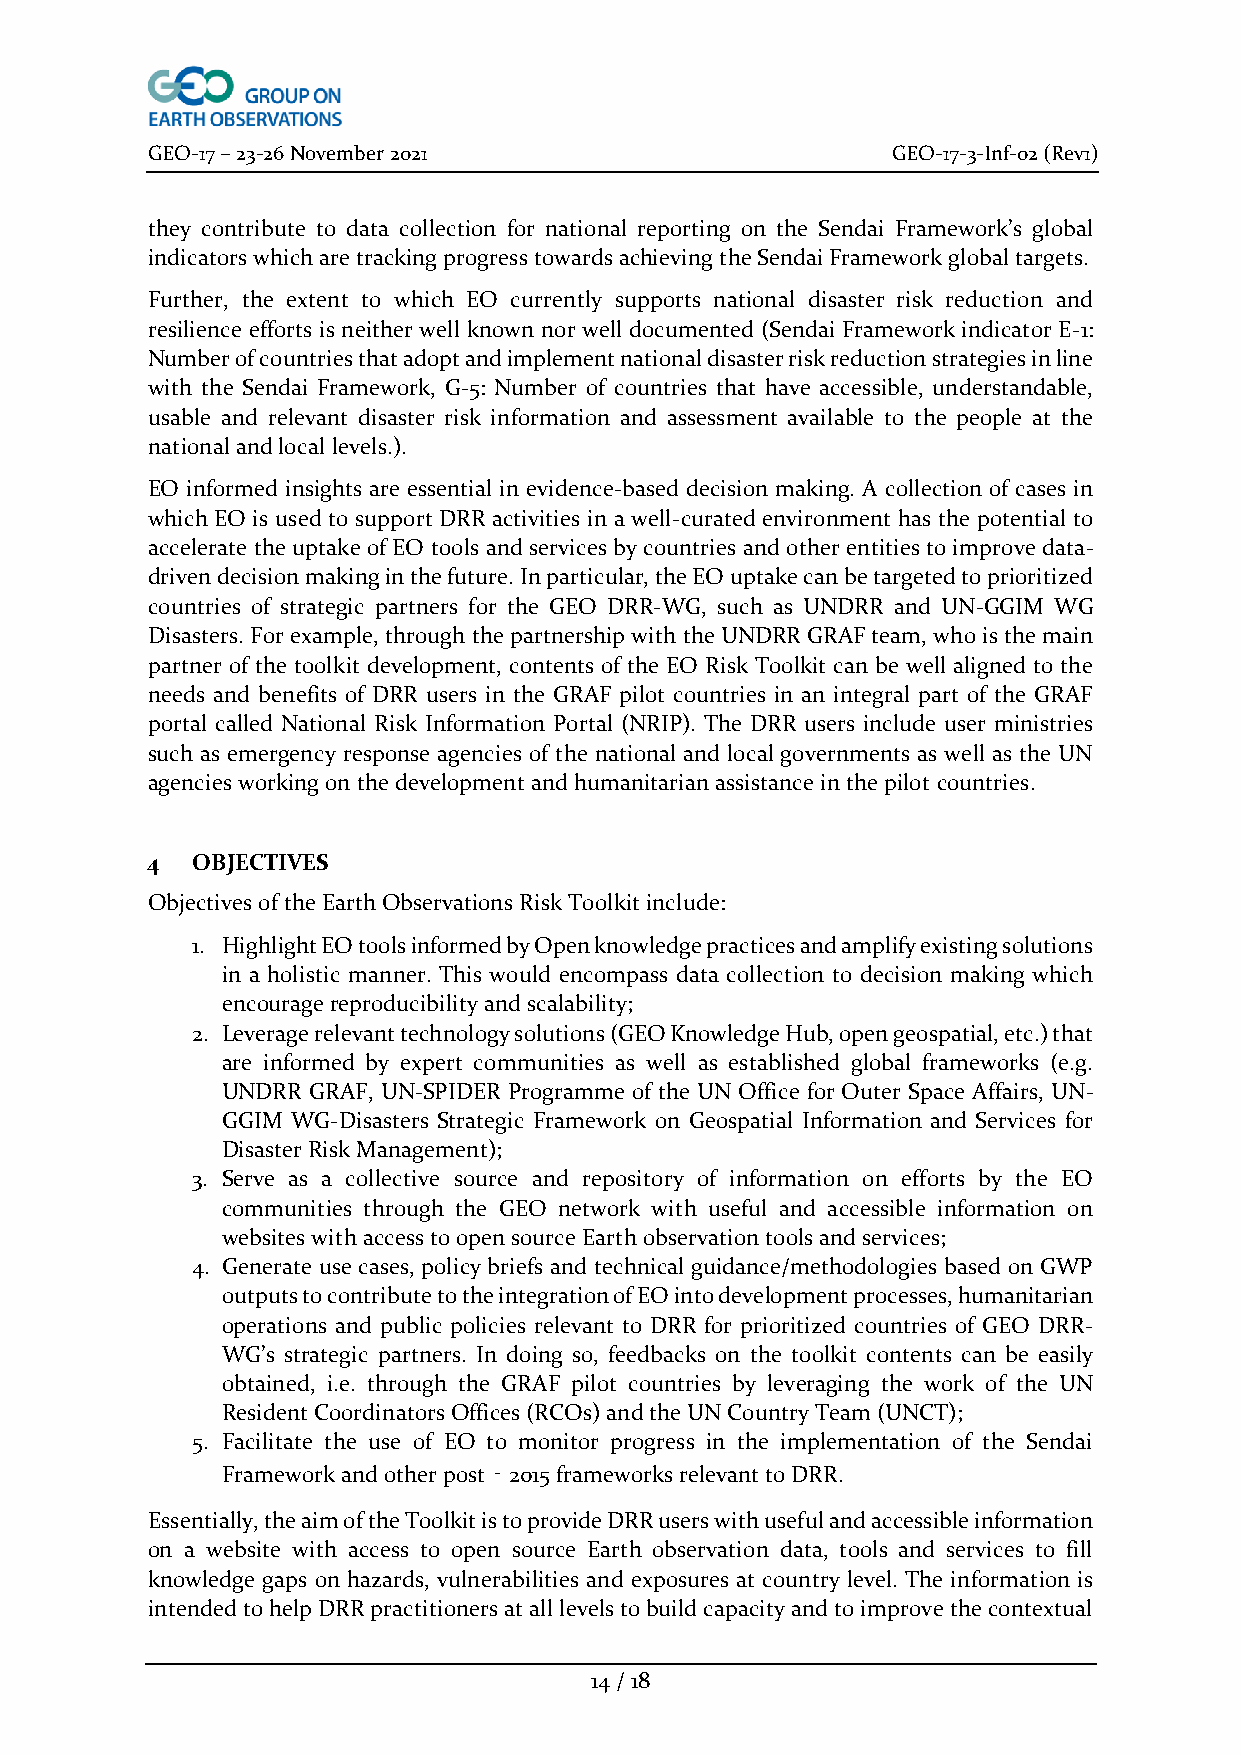
GEO-17 – 23-26 November 2021                     GEO-17-3-Inf-02 (Rev1)
 they contribute to data collection for national reporting on the Sendai Framework’s global
 indicators which are tracking progress towards achieving the Sendai Framework global targets.
 Further, the extent to which EO currently supports national disaster risk reduction and
 resilience efforts is neither well known nor well documented (Sendai Framework indicator E-1:
 Number of countries that adopt and implement national disaster risk reduction strategies in line
 with the Sendai Framework, G-5: Number of countries that have accessible, understandable,
 usable and relevant disaster risk information and assessment available to the people at the
 national and local levels.).
 EO informed insights are essential in evidence-based decision making. A collection of cases in
 which EO is used to support DRR activities in a well-curated environment has the potential to
 accelerate the uptake of EO tools and services by countries and other entities to improve data-
 driven decision making in the future. In particular, the EO uptake can be targeted to prioritized
 countries of strategic partners for the GEO DRR-WG, such as UNDRR and UN-GGIM WG
 Disasters. For example, through the partnership with the UNDRR GRAF team, who is the main
 partner of the toolkit development, contents of the EO Risk Toolkit can be well aligned to the
 needs and benefits of DRR users in the GRAF pilot countries in an integral part of the GRAF
 portal called National Risk Information Portal (NRIP). The DRR users include user ministries
 such as emergency response agencies of the national and local governments as well as the UN
 agencies working on the development and humanitarian assistance in the pilot countries.
 4  OBJECTIVES
 Objectives of the Earth Observations Risk Toolkit include:
 1. Highlight EO tools informed by Open knowledge practices and amplify existing solutions
 in a holistic manner. This would encompass data collection to decision making which
 encourage reproducibility and scalability;
 2. Leverage relevant technology solutions (GEO Knowledge Hub, open geospatial, etc.) that
 are informed by expert communities as well as established global frameworks (e.g.
 UNDRR GRAF, UN-SPIDER Programme of the UN Office for Outer Space Affairs, UN-
 GGIM WG-Disasters Strategic Framework on Geospatial Information and Services for
 Disaster Risk Management);
 3. Serve as a collective source and repository of information on efforts by the EO
 communities through the GEO network with useful and accessible information on
 websites with access to open source Earth observation tools and services;
 4. Generate use cases, policy briefs and technical guidance/methodologies based on GWP
 outputs to contribute to the integration of EO into development processes, humanitarian
 operations and public policies relevant to DRR for prioritized countries of GEO DRR-
 WG’s strategic partners. In doing so, feedbacks on the toolkit contents can be easily
 obtained, i.e. through the GRAF pilot countries by leveraging the work of the UN
 Resident Coordinators Offices (RCOs) and the UN Country Team (UNCT);
 5. Facilitate the use of EO to monitor progress in the implementation of the Sendai
 Framework and other post‐2015 frameworks relevant to DRR.
 Essentially, the aim of the Toolkit is to provide DRR users with useful and accessible information
 on a website with access to open source Earth observation data, tools and services to fill
 knowledge gaps on hazards, vulnerabilities and exposures at country level. The information is
 intended to help DRR practitioners at all levels to build capacity and to improve the contextual
 14 / 18